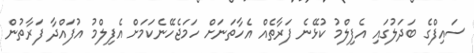
ސައިފްގެ ބަދަލުގައި އެފިލްމު ކުޅޭނެ ފަރާތެއް އެހާތަނަށް ހަމަޖެހޭނެކަމަށް އެފިލްމު އުފައްދާ ފަރާތުން